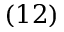
( 1 2 )